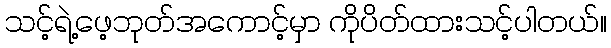
သင့်ရဲ့ဖေ့ဘုတ်အကောင့်မှာ ကိုပိတ်ထားသင့်ပါတယ်။